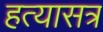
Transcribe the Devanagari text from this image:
हत्यासत्र